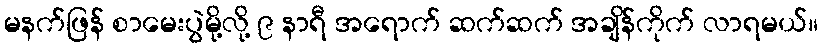
မနက်ဖြန် စာမေးပွဲမို့လို့ ၉ နာရီ အရောက် ဆက်ဆက် အချိန်ကိုက် လာရမယ်။